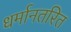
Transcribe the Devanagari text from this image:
धर्मानतरित